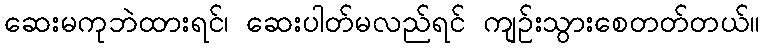
ဆေးမကုဘဲထားရင်၊ ဆေးပါတ်မလည်ရင် ကျဉ်းသွားစေတတ်တယ်။